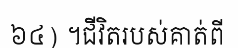
៦៤) ។ជីវិតរបស់គាត់ពី